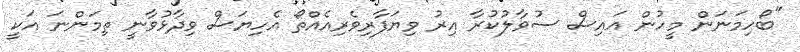
"ބޯހިމަނަން މީހުން އައިސް ސުވާލުކުރާ އިރު ވިޔަފާރިވެރިއެއްތޯ އެހިޔަސް ވިދާޅުވާނީ ތިމަންނަ އަކީ